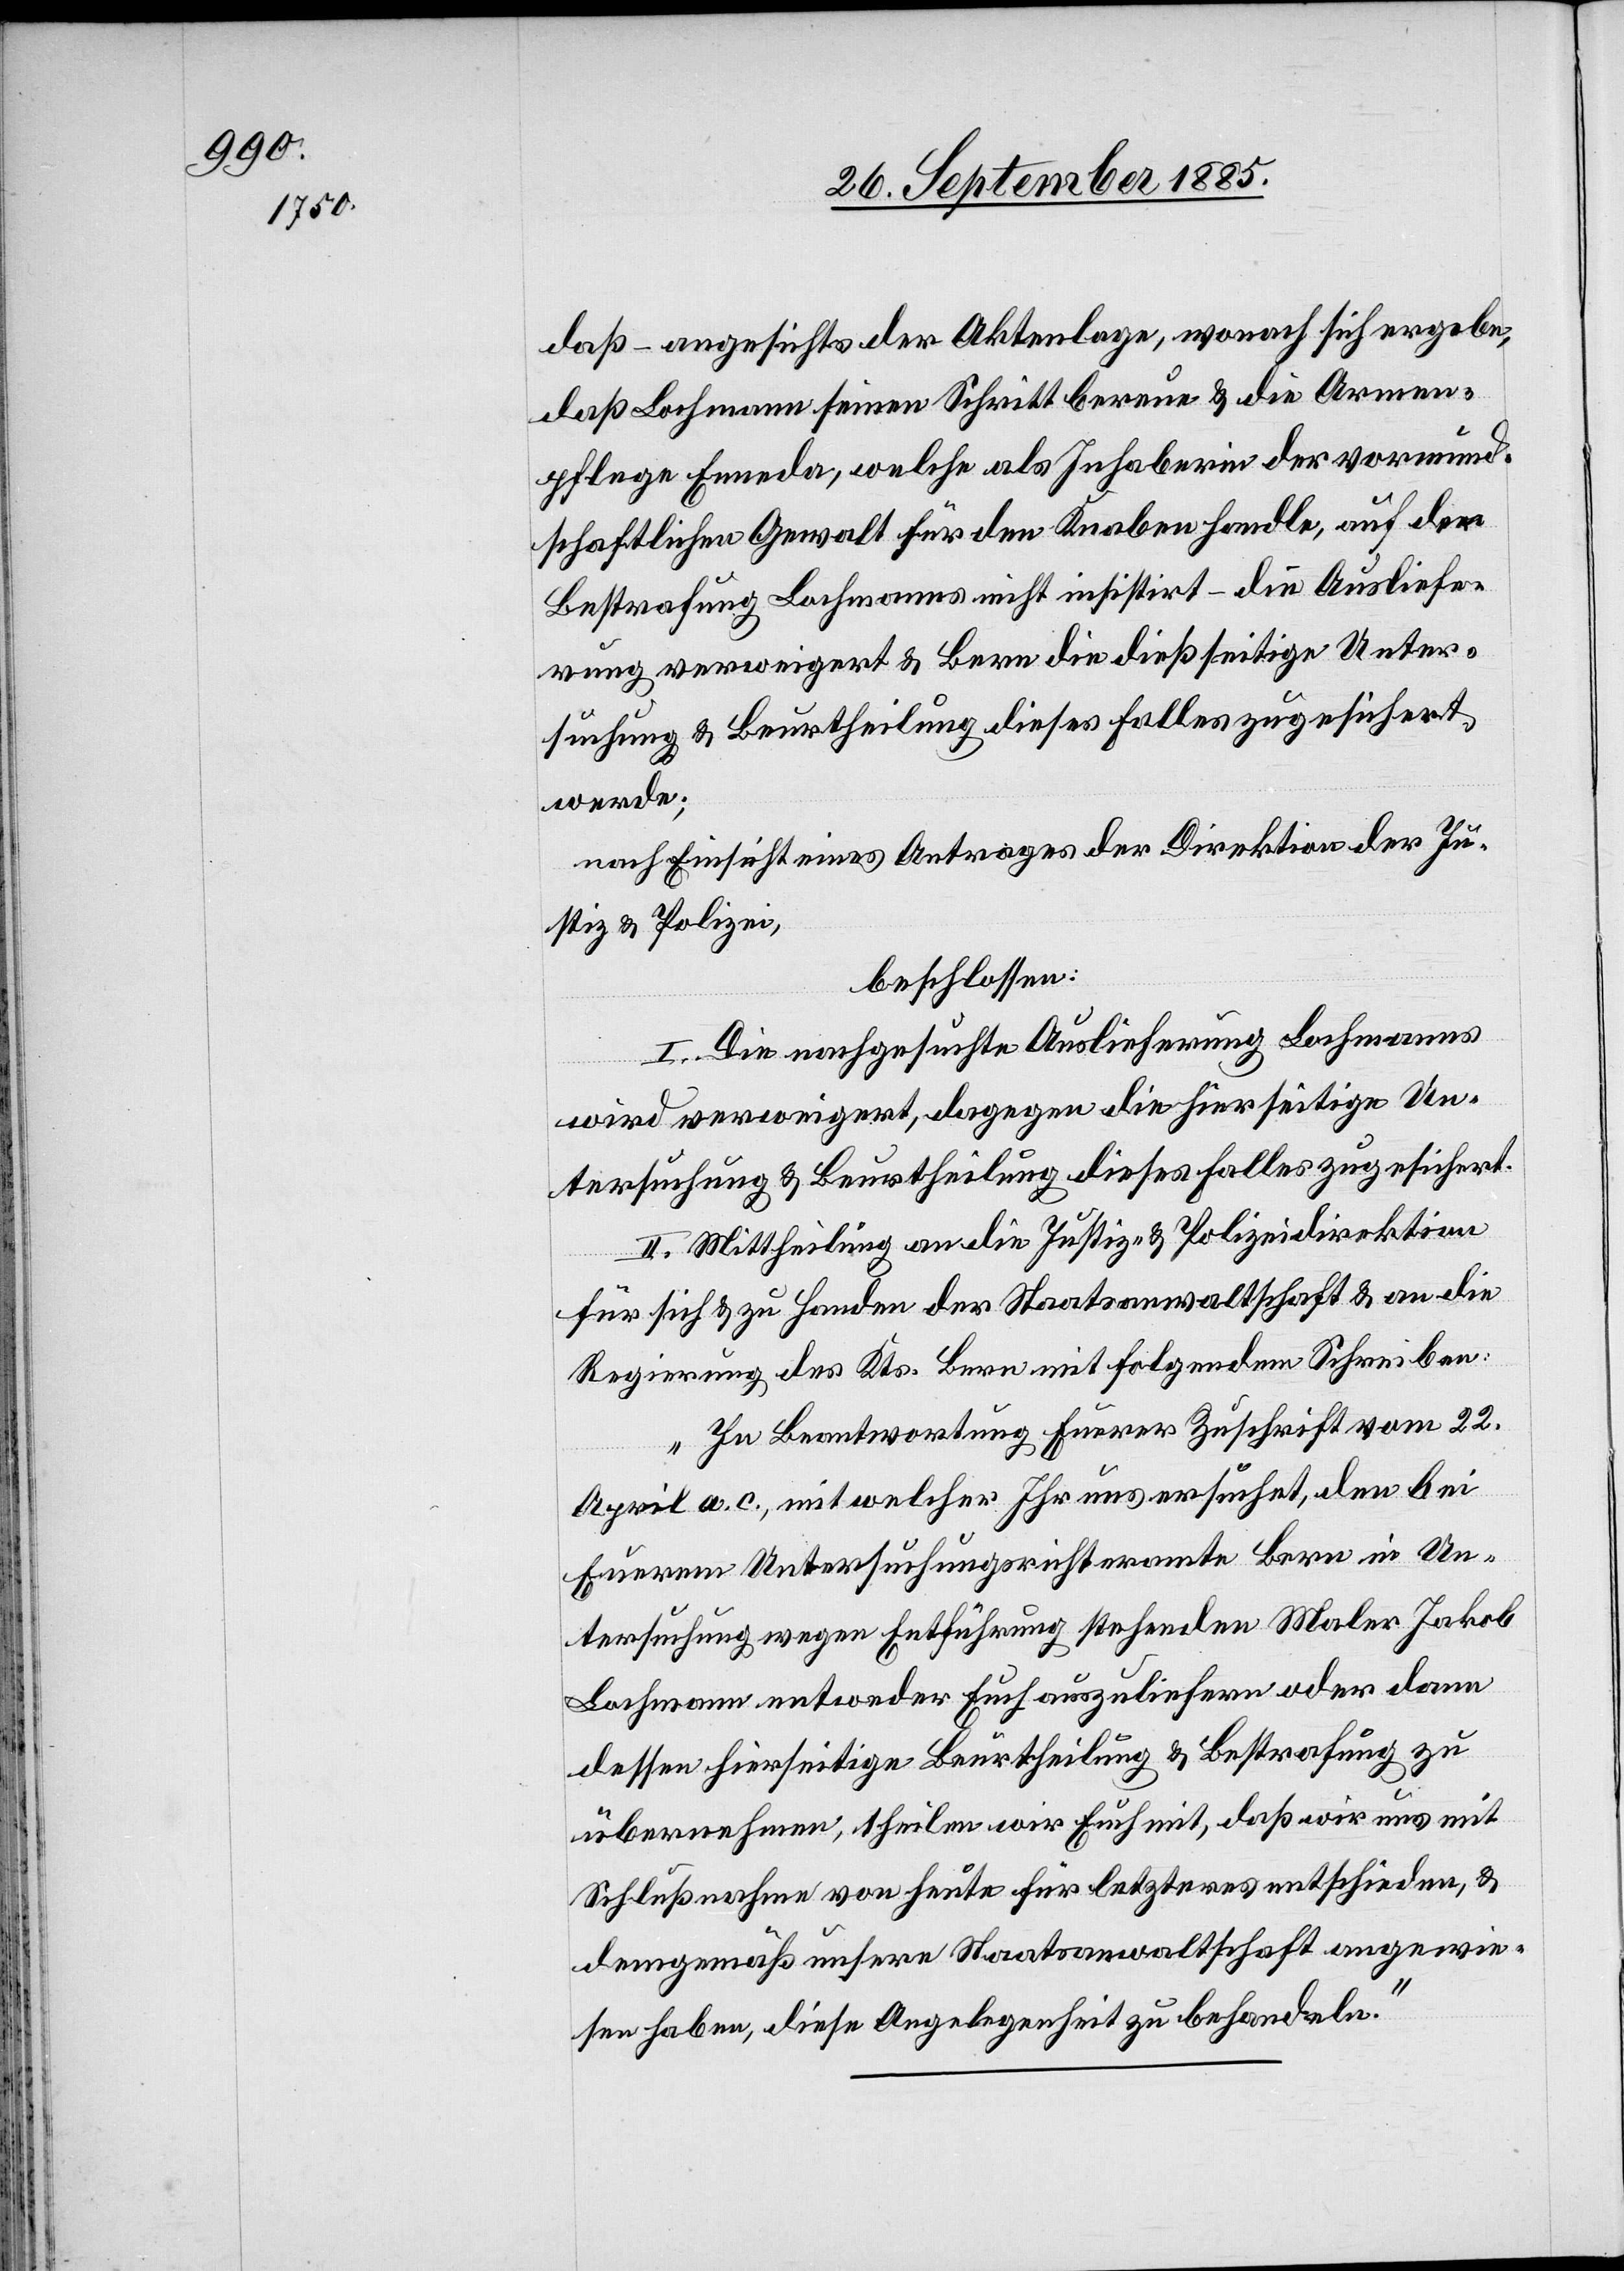
daß angesichts der Anklage, wonach sich ergebe,
daß Lochmann seinen Schritt bereue & die Armen¬
pflege Enenda, welche als Inhaberin der vormund¬
schaftlichen Gewalt für den Knaben handle, auf der
Bestrafung Bachmanns nicht insistirt – die Ausliefe¬
rung verweigert & Bern dießseitige Unter¬
suchung & Beurtheilung dieses Falles zugesichert
werde;
nach Einsicht eines Antrages der Direktion der Ju¬
stiz & Polizei,
beschlossen:
I. Die nachgesuchte Auslieferung Lochmanns
wird verweigert, dagegen die hierseitige Un¬
tersuchung & Beurtheilung dieses Falles zugesichert.
II. Mittheilung an die Justiz- & Polizeidirektion
für sich & zu Handen der Staatsanwaltschaft & an die
Regierung des Kts. Bern mit folgendem Schreiben:
„In Beantwortung Euerer Zuschrift vom 22.
April a. c., mit welcher Ihr uns ersuchet, den bei
Euerem Untersuchungsrichteramte Bern in Un¬
tersuchung wegen Entführung stehenden Maler Jakob
Lochmann entweder Euch auszuliefern oder dann
dessen hierseitige Beurtheilung & Bestrafung zu
übernehmen, theilen wir Euch mit, daß wir uns mit
Schlußnahme von heute für letzteres entschieden, &
demgemäß unsere Staatsanwaltschaft angewie¬
sen haben, diese Angelegenheit zu behandeln.“